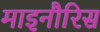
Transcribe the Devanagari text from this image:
माइनौरिस